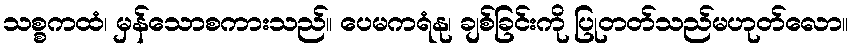
သစ္စကထံ၊ မှန်သောစကားသည်။ ပေမကရံနု၊ ချစ်ခြင်းကို ပြုတတ်သည်မဟုတ်လော။